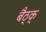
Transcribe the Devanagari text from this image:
बैठ्क्